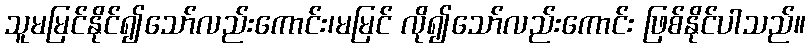
သူမမြင်နိုင်၍သော်လည်းကောင်း၊မမြင် လို၍သော်လည်းကောင်း ဖြစ်နိုင်ပါသည်။